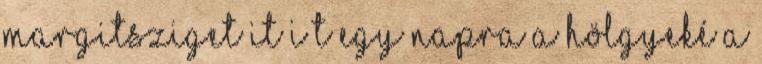
Margitsziget it i t Egy napra a hölgyeké a